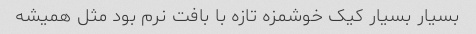
بسیار بسیار کیک خوشمزه تازه با بافت نرم بود مثل همیشه